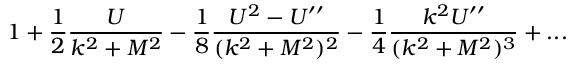
1 + { \frac { 1 } { 2 } } { \frac { U } { k ^ { 2 } + M ^ { 2 } } } - { \frac { 1 } { 8 } } { \frac { U ^ { 2 } - U ^ { \prime \prime } } { ( k ^ { 2 } + M ^ { 2 } ) ^ { 2 } } } - { \frac { 1 } { 4 } } { \frac { k ^ { 2 } U ^ { \prime \prime } } { ( k ^ { 2 } + M ^ { 2 } ) ^ { 3 } } } + . . .